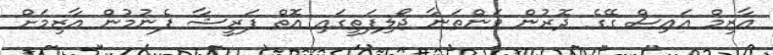
އާޒިމް އައިސް ގޭގެ ދޮރުން ވަންތަނާ ޖޯލިފަތީގައި އޮތް ފަރީޝާ ފެނުމުން އާޒިމަށް